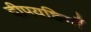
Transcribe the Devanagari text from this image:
दीपयष्ठियाँ